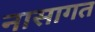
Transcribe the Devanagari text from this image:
नासागत